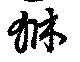
貅